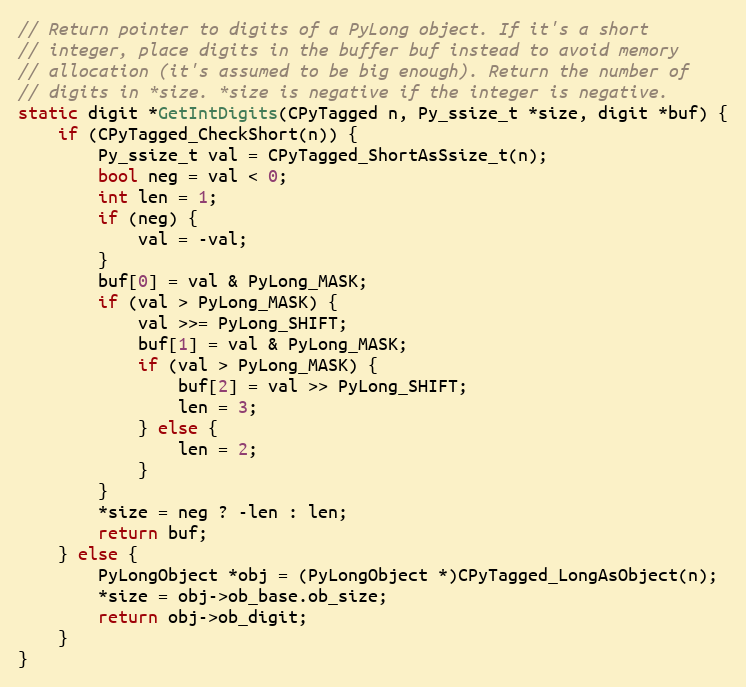
Language: C
// Return pointer to digits of a PyLong object. If it's a short
// integer, place digits in the buffer buf instead to avoid memory
// allocation (it's assumed to be big enough). Return the number of
// digits in *size. *size is negative if the integer is negative.
static digit *GetIntDigits(CPyTagged n, Py_ssize_t *size, digit *buf) {
    if (CPyTagged_CheckShort(n)) {
        Py_ssize_t val = CPyTagged_ShortAsSsize_t(n);
        bool neg = val < 0;
        int len = 1;
        if (neg) {
            val = -val;
        }
        buf[0] = val & PyLong_MASK;
        if (val > PyLong_MASK) {
            val >>= PyLong_SHIFT;
            buf[1] = val & PyLong_MASK;
            if (val > PyLong_MASK) {
                buf[2] = val >> PyLong_SHIFT;
                len = 3;
            } else {
                len = 2;
            }
        }
        *size = neg ? -len : len;
        return buf;
    } else {
        PyLongObject *obj = (PyLongObject *)CPyTagged_LongAsObject(n);
        *size = obj->ob_base.ob_size;
        return obj->ob_digit;
    }
}